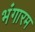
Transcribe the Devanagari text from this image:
भंगारम